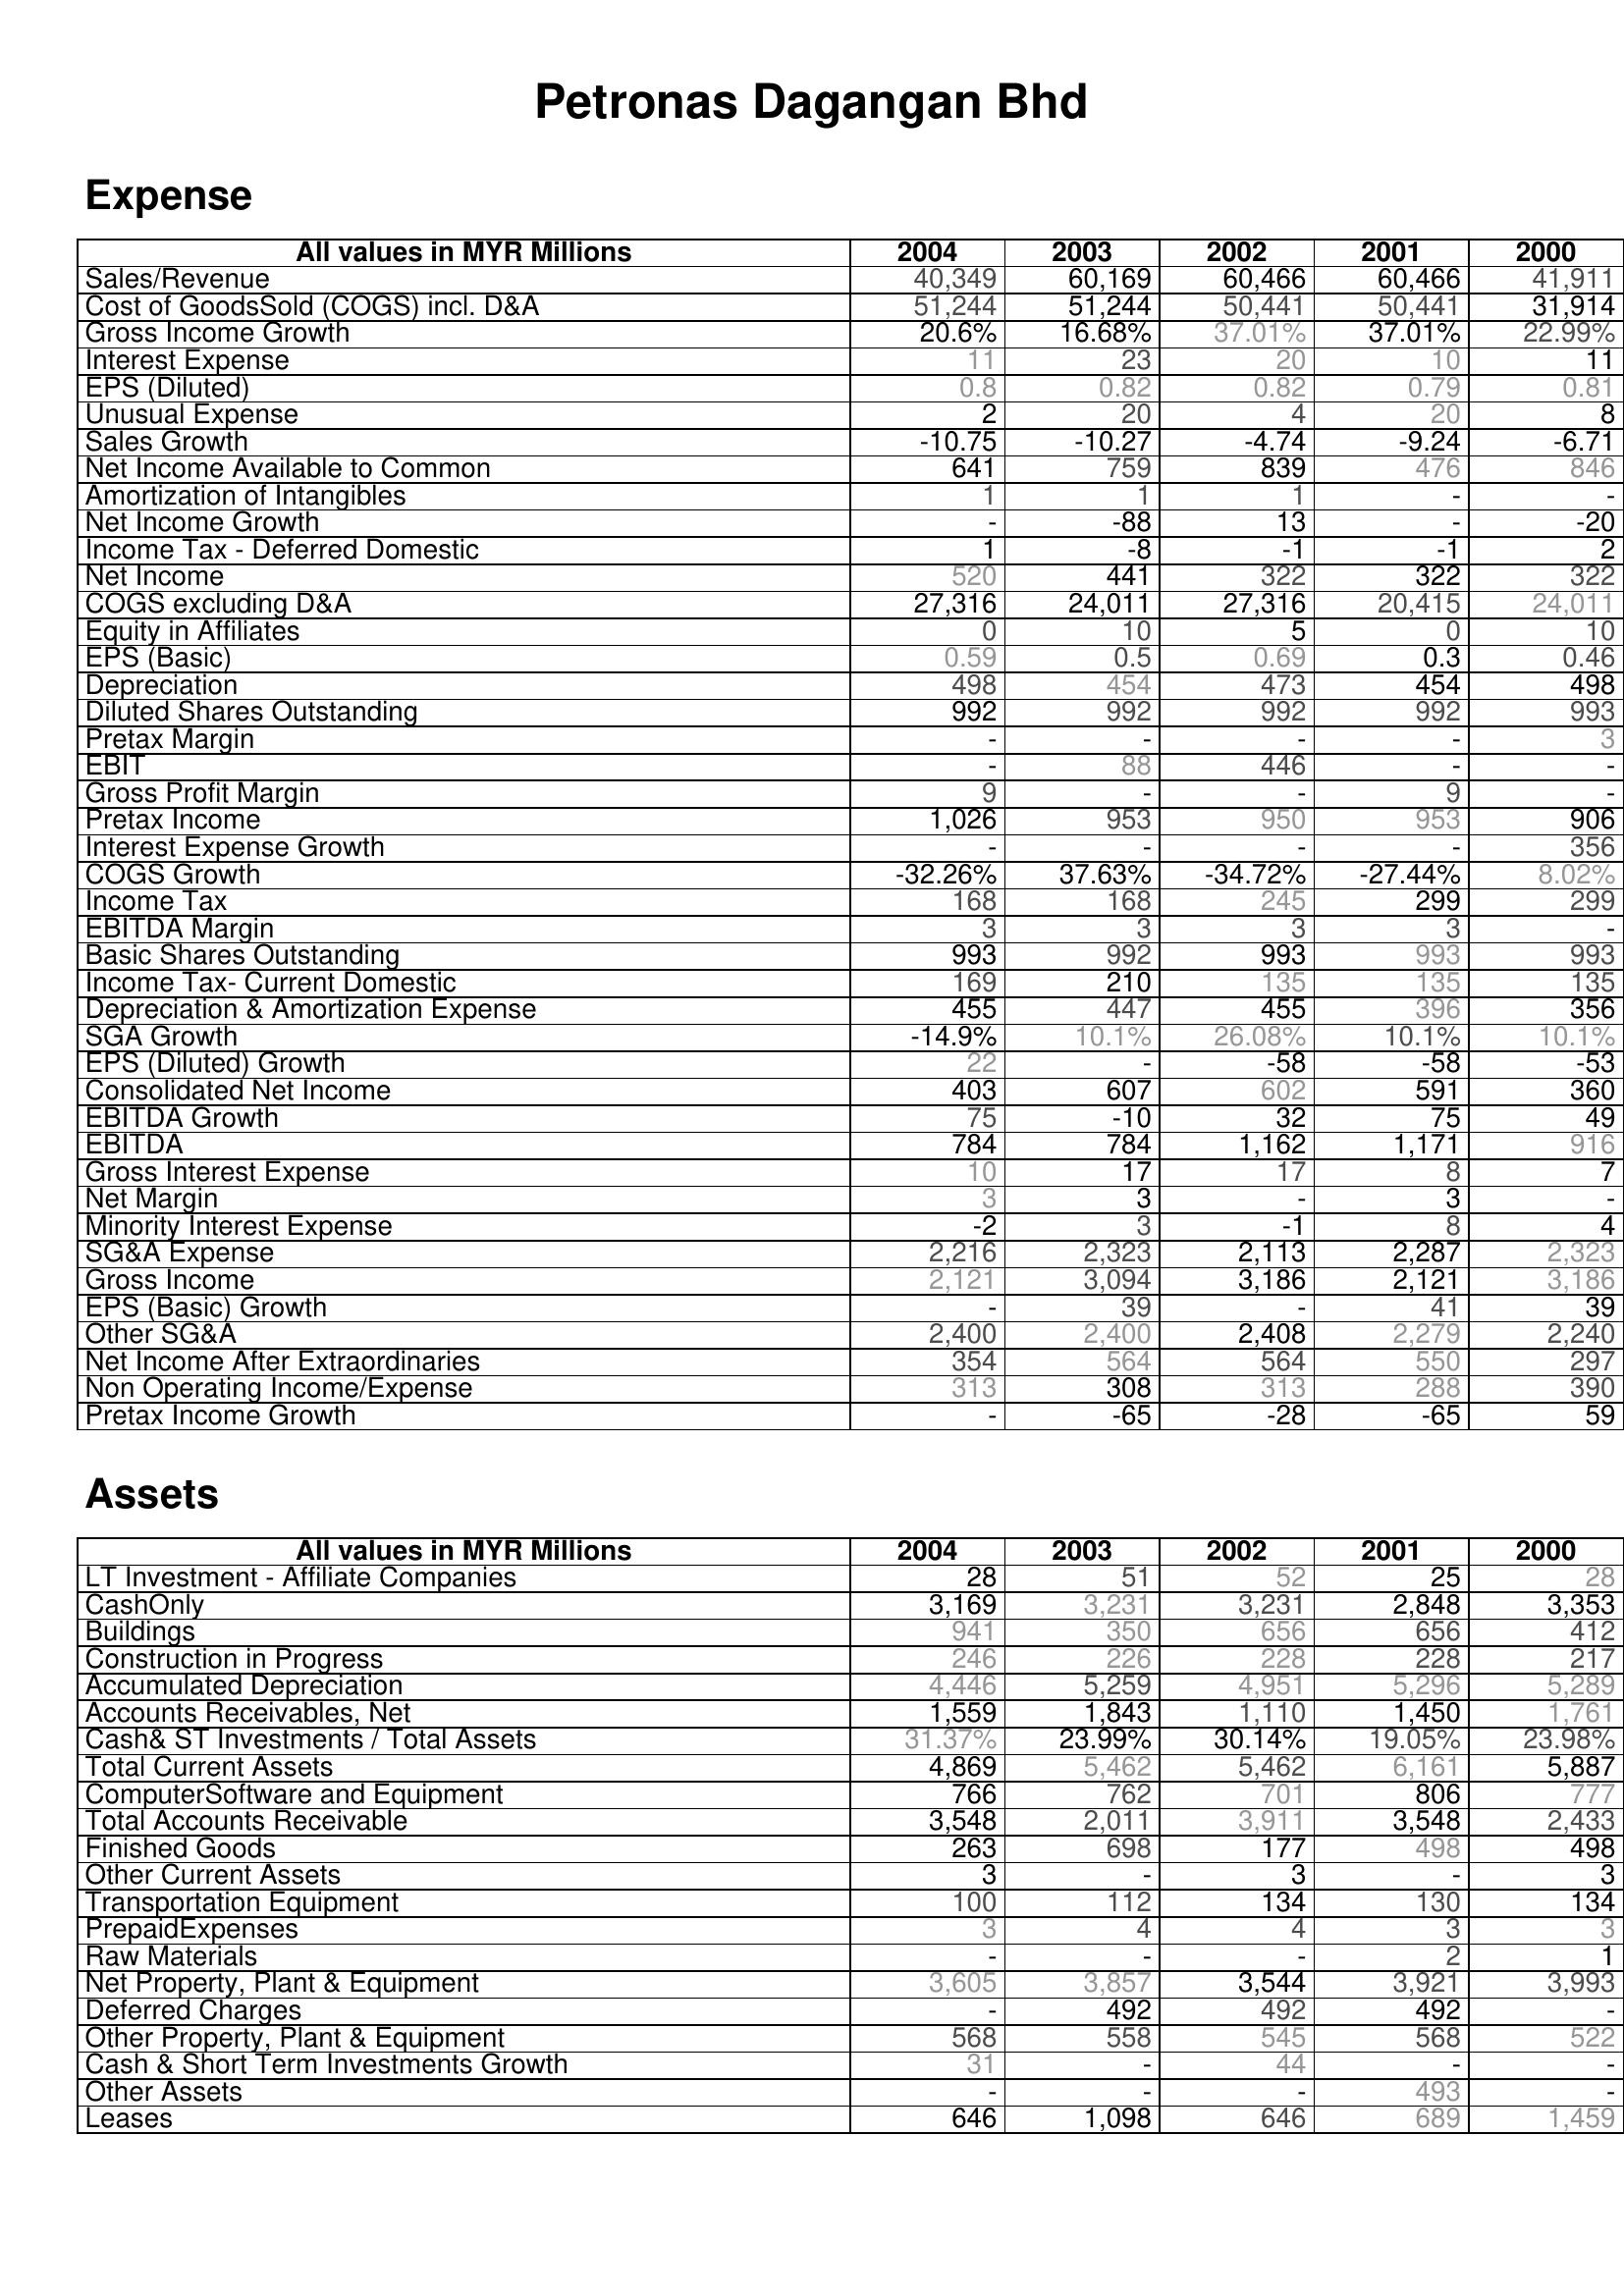
2004: Expense: Sales/Revenue: 40,349
Cost of GoodsSold (COGS) incl. D&A: 51,244
Gross Income Growth: 20.6%
Interest Expense: 11
EPS (Diluted): 0.8
Unusual Expense: 2
Sales Growth: -10.75
Net Income Available to Common: 641
Amortization of Intangibles: 1
Net Income Growth: -
Income Tax - Deferred Domestic: 1
Net Income: 520
COGS excluding D&A: 27,316
Equity in Affiliates: 0
EPS (Basic): 0.59
Depreciation: 498
Diluted Shares Outstanding: 992
Pretax Margin: -
EBIT: -
Gross Profit Margin: 9
Pretax Income: 1,026
Interest Expense Growth: -
COGS Growth: -32.26%
Income Tax: 168
EBITDA Margin: 3
Basic Shares Outstanding: 993
Income Tax- Current Domestic: 169
Depreciation & Amortization Expense: 455
SGA Growth: -14.9%
EPS (Diluted) Growth: 22
Consolidated Net Income: 403
EBITDA Growth: 75
EBITDA: 784
Gross Interest Expense: 10
Net Margin: 3
Minority Interest Expense: -2
SG&A Expense: 2,216
Gross Income: 2,121
EPS (Basic) Growth: -
Other SG&A: 2,400
Net Income After Extraordinaries: 354
Non Operating Income/Expense: 313
Pretax Income Growth: -
Assets: LT Investment - Affiliate Companies: 28
CashOnly: 3,169
Buildings: 941
Construction in Progress: 246
Accumulated Depreciation: 4,446
Accounts Receivables, Net: 1,559
Cash& ST Investments / Total Assets: 31.37%
Total Current Assets: 4,869
ComputerSoftware and Equipment: 766
Total Accounts Receivable: 3,548
Finished Goods: 263
Other Current Assets: 3
Transportation Equipment: 100
PrepaidExpenses: 3
Raw Materials: -
Net Property, Plant & Equipment: 3,605
Deferred Charges: -
Other Property, Plant & Equipment: 568
Cash & Short Term Investments Growth: 31
Other Assets: -
Leases: 646
2003: Expense: Sales/Revenue: 60,169
Cost of GoodsSold (COGS) incl. D&A: 51,244
Gross Income Growth: 16.68%
Interest Expense: 23
EPS (Diluted): 0.82
Unusual Expense: 20
Sales Growth: -10.27
Net Income Available to Common: 759
Amortization of Intangibles: 1
Net Income Growth: -88
Income Tax - Deferred Domestic: -8
Net Income: 441
COGS excluding D&A: 24,011
Equity in Affiliates: 10
EPS (Basic): 0.5
Depreciation: 454
Diluted Shares Outstanding: 992
Pretax Margin: -
EBIT: 88
Gross Profit Margin: -
Pretax Income: 953
Interest Expense Growth: -
COGS Growth: 37.63%
Income Tax: 168
EBITDA Margin: 3
Basic Shares Outstanding: 992
Income Tax- Current Domestic: 210
Depreciation & Amortization Expense: 447
SGA Growth: 10.1%
EPS (Diluted) Growth: -
Consolidated Net Income: 607
EBITDA Growth: -10
EBITDA: 784
Gross Interest Expense: 17
Net Margin: 3
Minority Interest Expense: 3
SG&A Expense: 2,323
Gross Income: 3,094
EPS (Basic) Growth: 39
Other SG&A: 2,400
Net Income After Extraordinaries: 564
Non Operating Income/Expense: 308
Pretax Income Growth: -65
Assets: LT Investment - Affiliate Companies: 51
CashOnly: 3,231
Buildings: 350
Construction in Progress: 226
Accumulated Depreciation: 5,259
Accounts Receivables, Net: 1,843
Cash& ST Investments / Total Assets: 23.99%
Total Current Assets: 5,462
ComputerSoftware and Equipment: 762
Total Accounts Receivable: 2,011
Finished Goods: 698
Other Current Assets: -
Transportation Equipment: 112
PrepaidExpenses: 4
Raw Materials: -
Net Property, Plant & Equipment: 3,857
Deferred Charges: 492
Other Property, Plant & Equipment: 558
Cash & Short Term Investments Growth: -
Other Assets: -
Leases: 1,098
2002: Expense: Sales/Revenue: 60,466
Cost of GoodsSold (COGS) incl. D&A: 50,441
Gross Income Growth: 37.01%
Interest Expense: 20
EPS (Diluted): 0.82
Unusual Expense: 4
Sales Growth: -4.74
Net Income Available to Common: 839
Amortization of Intangibles: 1
Net Income Growth: 13
Income Tax - Deferred Domestic: -1
Net Income: 322
COGS excluding D&A: 27,316
Equity in Affiliates: 5
EPS (Basic): 0.69
Depreciation: 473
Diluted Shares Outstanding: 992
Pretax Margin: -
EBIT: 446
Gross Profit Margin: -
Pretax Income: 950
Interest Expense Growth: -
COGS Growth: -34.72%
Income Tax: 245
EBITDA Margin: 3
Basic Shares Outstanding: 993
Income Tax- Current Domestic: 135
Depreciation & Amortization Expense: 455
SGA Growth: 26.08%
EPS (Diluted) Growth: -58
Consolidated Net Income: 602
EBITDA Growth: 32
EBITDA: 1,162
Gross Interest Expense: 17
Net Margin: -
Minority Interest Expense: -1
SG&A Expense: 2,113
Gross Income: 3,186
EPS (Basic) Growth: -
Other SG&A: 2,408
Net Income After Extraordinaries: 564
Non Operating Income/Expense: 313
Pretax Income Growth: -28
Assets: LT Investment - Affiliate Companies: 52
CashOnly: 3,231
Buildings: 656
Construction in Progress: 228
Accumulated Depreciation: 4,951
Accounts Receivables, Net: 1,110
Cash& ST Investments / Total Assets: 30.14%
Total Current Assets: 5,462
ComputerSoftware and Equipment: 701
Total Accounts Receivable: 3,911
Finished Goods: 177
Other Current Assets: 3
Transportation Equipment: 134
PrepaidExpenses: 4
Raw Materials: -
Net Property, Plant & Equipment: 3,544
Deferred Charges: 492
Other Property, Plant & Equipment: 545
Cash & Short Term Investments Growth: 44
Other Assets: -
Leases: 646
2001: Expense: Sales/Revenue: 60,466
Cost of GoodsSold (COGS) incl. D&A: 50,441
Gross Income Growth: 37.01%
Interest Expense: 10
EPS (Diluted): 0.79
Unusual Expense: 20
Sales Growth: -9.24
Net Income Available to Common: 476
Amortization of Intangibles: -
Net Income Growth: -
Income Tax - Deferred Domestic: -1
Net Income: 322
COGS excluding D&A: 20,415
Equity in Affiliates: 0
EPS (Basic): 0.3
Depreciation: 454
Diluted Shares Outstanding: 992
Pretax Margin: -
EBIT: -
Gross Profit Margin: 9
Pretax Income: 953
Interest Expense Growth: -
COGS Growth: -27.44%
Income Tax: 299
EBITDA Margin: 3
Basic Shares Outstanding: 993
Income Tax- Current Domestic: 135
Depreciation & Amortization Expense: 396
SGA Growth: 10.1%
EPS (Diluted) Growth: -58
Consolidated Net Income: 591
EBITDA Growth: 75
EBITDA: 1,171
Gross Interest Expense: 8
Net Margin: 3
Minority Interest Expense: 8
SG&A Expense: 2,287
Gross Income: 2,121
EPS (Basic) Growth: 41
Other SG&A: 2,279
Net Income After Extraordinaries: 550
Non Operating Income/Expense: 288
Pretax Income Growth: -65
Assets: LT Investment - Affiliate Companies: 25
CashOnly: 2,848
Buildings: 656
Construction in Progress: 228
Accumulated Depreciation: 5,296
Accounts Receivables, Net: 1,450
Cash& ST Investments / Total Assets: 19.05%
Total Current Assets: 6,161
ComputerSoftware and Equipment: 806
Total Accounts Receivable: 3,548
Finished Goods: 498
Other Current Assets: -
Transportation Equipment: 130
PrepaidExpenses: 3
Raw Materials: 2
Net Property, Plant & Equipment: 3,921
Deferred Charges: 492
Other Property, Plant & Equipment: 568
Cash & Short Term Investments Growth: -
Other Assets: 493
Leases: 689
2000: Expense: Sales/Revenue: 41,911
Cost of GoodsSold (COGS) incl. D&A: 31,914
Gross Income Growth: 22.99%
Interest Expense: 11
EPS (Diluted): 0.81
Unusual Expense: 8
Sales Growth: -6.71
Net Income Available to Common: 846
Amortization of Intangibles: -
Net Income Growth: -20
Income Tax - Deferred Domestic: 2
Net Income: 322
COGS excluding D&A: 24,011
Equity in Affiliates: 10
EPS (Basic): 0.46
Depreciation: 498
Diluted Shares Outstanding: 993
Pretax Margin: 3
EBIT: -
Gross Profit Margin: -
Pretax Income: 906
Interest Expense Growth: 356
COGS Growth: 8.02%
Income Tax: 299
EBITDA Margin: -
Basic Shares Outstanding: 993
Income Tax- Current Domestic: 135
Depreciation & Amortization Expense: 356
SGA Growth: 10.1%
EPS (Diluted) Growth: -53
Consolidated Net Income: 360
EBITDA Growth: 49
EBITDA: 916
Gross Interest Expense: 7
Net Margin: -
Minority Interest Expense: 4
SG&A Expense: 2,323
Gross Income: 3,186
EPS (Basic) Growth: 39
Other SG&A: 2,240
Net Income After Extraordinaries: 297
Non Operating Income/Expense: 390
Pretax Income Growth: 59
Assets: LT Investment - Affiliate Companies: 28
CashOnly: 3,353
Buildings: 412
Construction in Progress: 217
Accumulated Depreciation: 5,289
Accounts Receivables, Net: 1,761
Cash& ST Investments / Total Assets: 23.98%
Total Current Assets: 5,887
ComputerSoftware and Equipment: 777
Total Accounts Receivable: 2,433
Finished Goods: 498
Other Current Assets: 3
Transportation Equipment: 134
PrepaidExpenses: 3
Raw Materials: 1
Net Property, Plant & Equipment: 3,993
Deferred Charges: -
Other Property, Plant & Equipment: 522
Cash & Short Term Investments Growth: -
Other Assets: -
Leases: 1,459